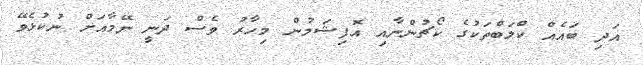
އަދި ބައެއް ކްލަބްތަކުގެ ކޯޗުންނާއި އޮފިޝަލުން މިހާރު ވެސް ދަނީ ނޭމާއަށް ނުކުޅެވޭ